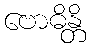
ဗောဓိန္တိ